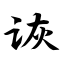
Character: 诙